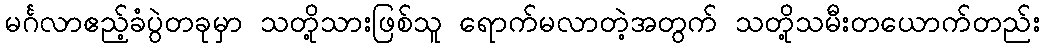
မင်္ဂလာဧည့်ခံပွဲတခုမှာ သတို့သားဖြစ်သူ ရောက်မလာတဲ့အတွက် သတို့သမီးတယောက်တည်း